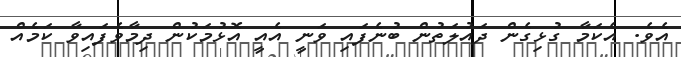
އެވެ. އެކަމާ ގުޅިގެން ދައުލަތުން ބުނެފައި ވަނީ އެއީ އޮޅުމަކުން ދިމާވެފައިވާ ކަމެއް